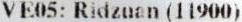
VE05: RIDZUAN (11900)